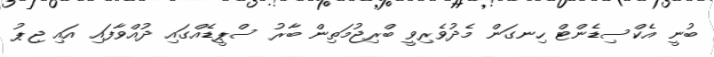
ބުނީ އެކްސިޑެންޓް ހިނގަން މެދުވެރިވީ ބްރިޖުމަތިން ބާރު ސްޕީޑެއްގައި ދުއްވާފައި އައި ޖިޕު